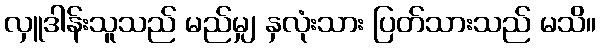
လှူဒါန်းသူသည် မည်မျှ နှလုံးသား ပြတ်သားသည် မသိ။